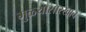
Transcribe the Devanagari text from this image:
मुळ्यासारखाच